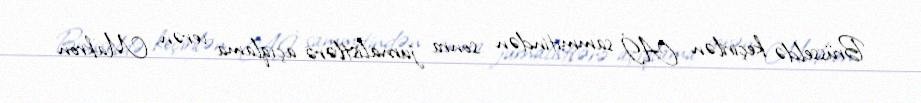
Brüsseldə keçirilən Aİ sammitindən sonra jurnalistlərə açıqlama verən Makron